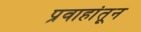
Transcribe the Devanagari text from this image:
प्रवाहांतून